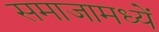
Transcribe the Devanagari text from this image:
समाजामध्यें